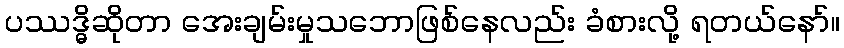
ပဿဒ္ဓိဆိုတာ အေးချမ်းမှုသဘောဖြစ်နေလည်း ခံစားလို့ ရတယ်နော်။